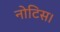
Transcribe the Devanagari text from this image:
नोटिस।